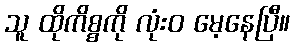
သူ ထိုကိစ္စကို လုံးဝ မေ့နေပြီ။